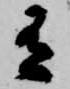
有